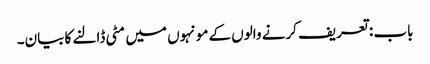
باب : تعریف کرنے والوں کے مونہوں میں مٹی ڈالنے کا بیان۔